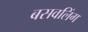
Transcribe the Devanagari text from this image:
बसवलिंग